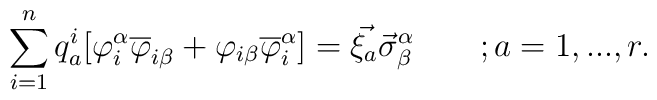
\sum_{i=1}^{n} q_a^i[\varphi_i^\alpha \overline{\varphi}_{i\beta}+\varphi_{i\beta}\overline{\varphi}_i^\alpha]=\vec{\xi_a} \vec{\sigma}^\alpha_\beta\qquad;a=1,...,r.